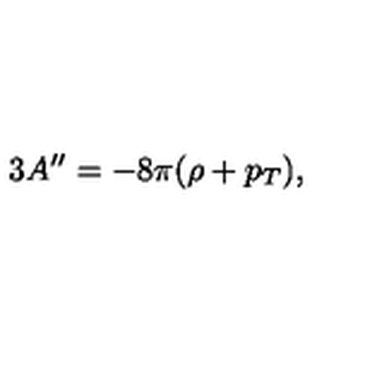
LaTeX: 3 A ^ { \prime \prime } = - 8 \pi ( \rho + p _ { T } ) ,